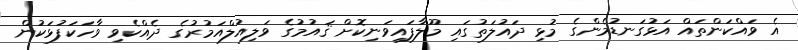
އެ ވައްކަންތައް އަޅުގަނޑުމެންގެ މުޅި ދައުލަތުގައި މޫލާފައިވަނިކޮށް ޤައުމުގެ ވަލިއުލްއަމުރުގެ ދެއްކެވި ވާހަކަފުޅަކުން